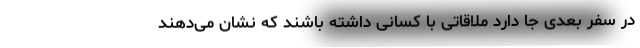
در سفر بعدی جا دارد ملاقاتی با کسانی داشته باشند که نشان می‌دهند